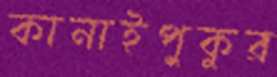
কানাইপুকুর